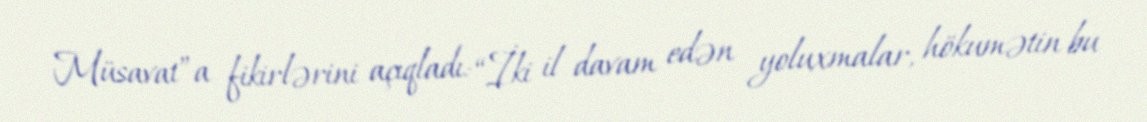
Müsavat”a fikirlərini açıqladı: “İki il davam edən yoluxmalar, hökumətin bu